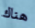
هناك